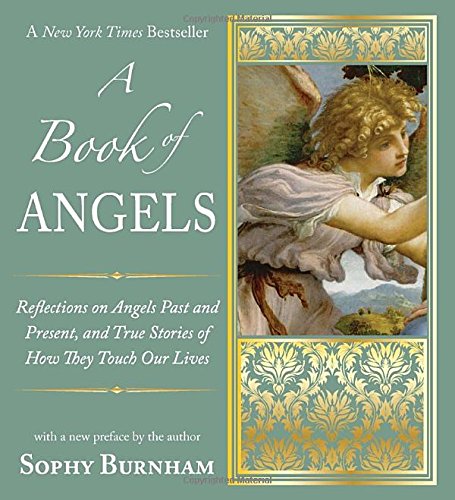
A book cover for A Book of Angels: Reflections on Angels Past and Present, and True Stories of How They Touch Our L ives; Sophy Burnham; Religion & Spirituality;